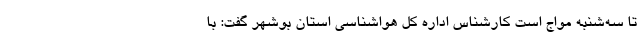
تا سه‌شنبه مواج است کارشناس اداره کل هواشناسی استان بوشهر گفت: با